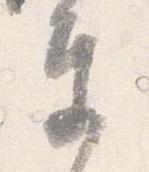
奉